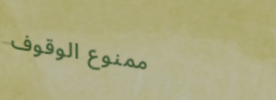
ممنوع الوقوف